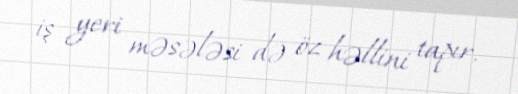
iş yeri məsələsi də öz həllini tapır.